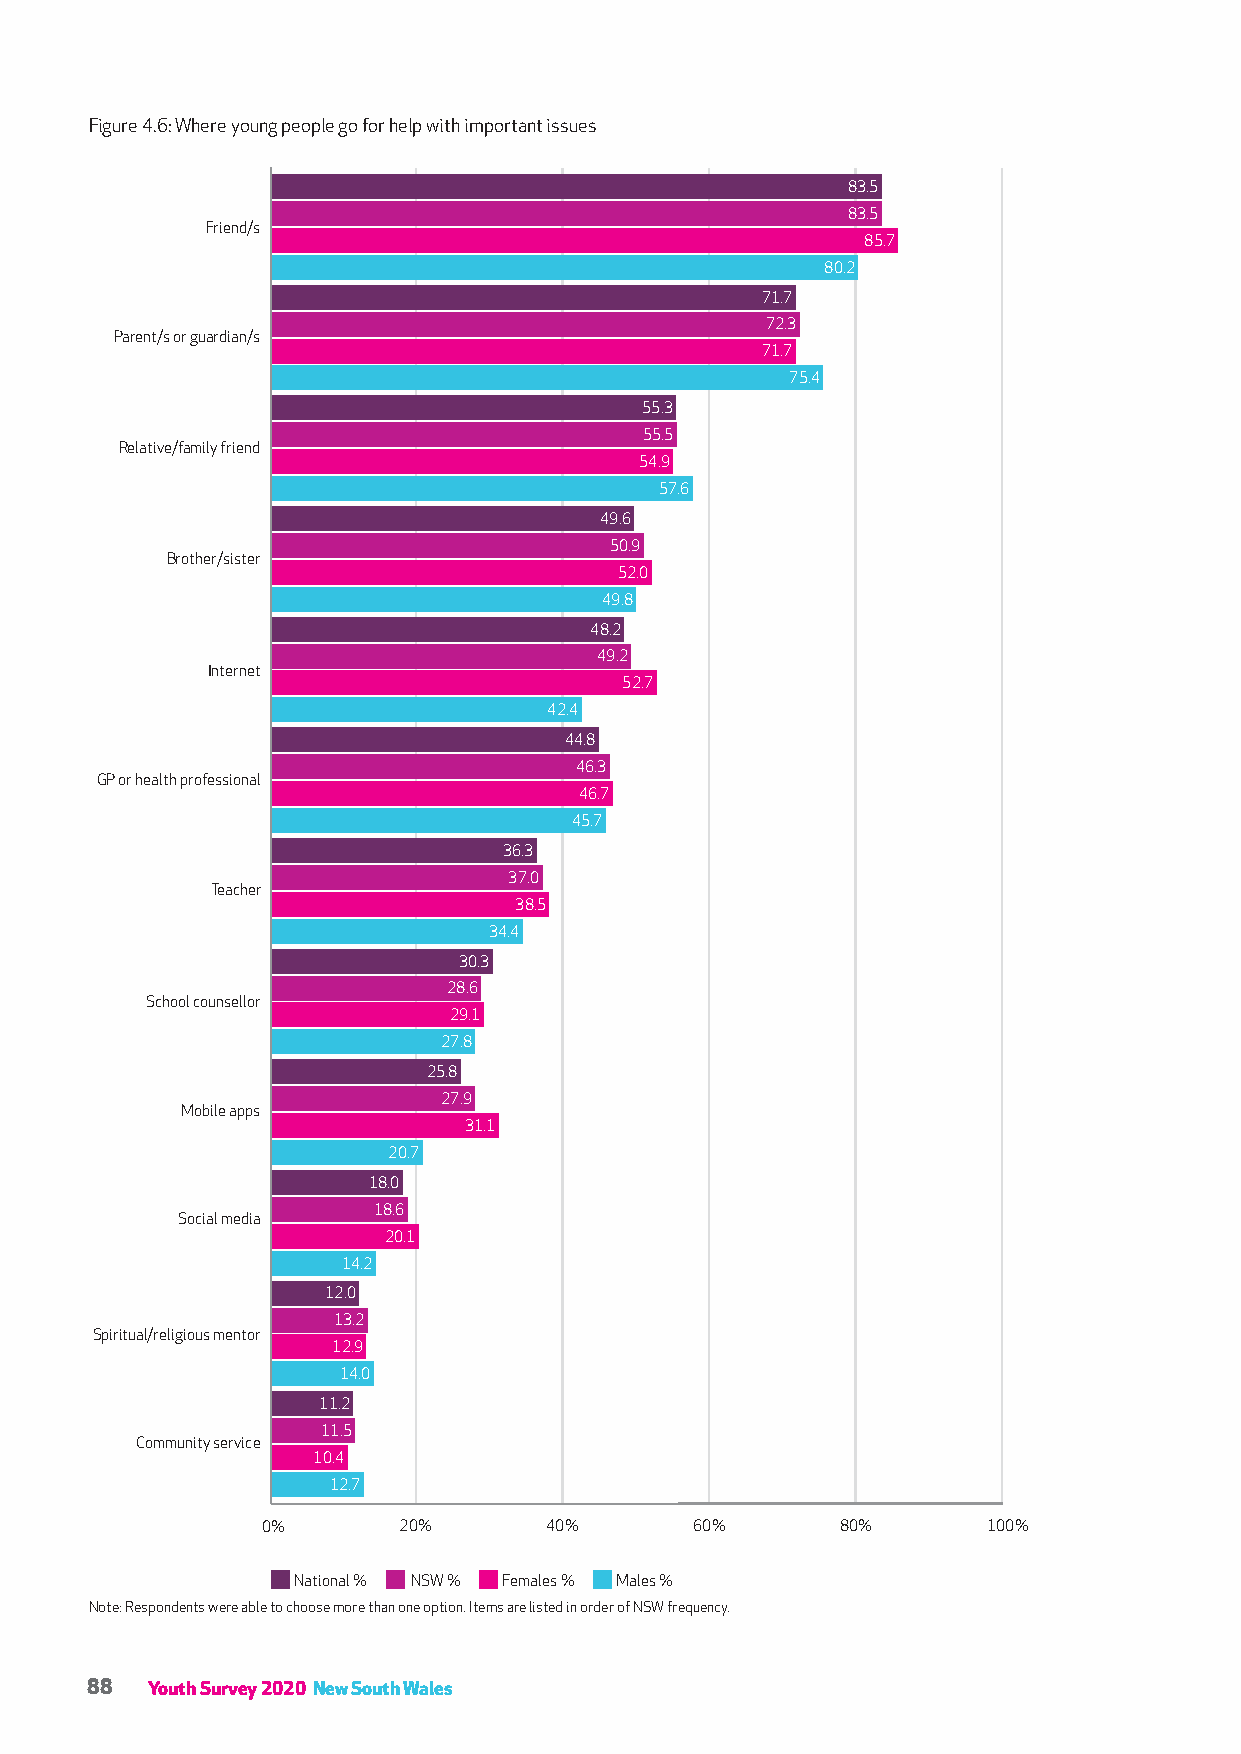
Figure 4.6: Where young people go for help with important issues
 83.5
 83.5
 Friend/s
 85.7
 80.2
 71.7
 72.3
 Parent/s or guardian/s
 71.7
 75.4
 55.3
 55.5
 Relative/family friend
 54.9
 57.6
 49.6
 50.9
 Brother/sister
 52.0
 49.8
 48.2
 49.2
 Internet
 52.7
 42.4
 44.8
 46.3
 GP or health professional
 46.7
 45.7
 36.3
 37.0
 Teacher
 38.5
 34.4
 30.3
 28.6
 School counsellor
 29.1
 27.8
 25.8
 27.9
 Mobile apps
 31.1
 20.7
 18.0
 18.6
 Social media
 20.1
 14.2
 12.0
 13.2
 Spiritual/religious mentor
 12.9
 14.0
 11.2
 11.5
 Community service
 10.4
 12.7
 0%       20%       40%       60%       80%      100%
 National % NSW % Females % Males %
 Note: Respondents were able to choose more than one option. Items are listed in order of NSW frequency.
 88  Youth Survey 2020 New South Wales